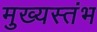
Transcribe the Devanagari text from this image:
मुख्यस्तंभ